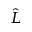
\hat { L }